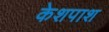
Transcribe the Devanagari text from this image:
केशपाश